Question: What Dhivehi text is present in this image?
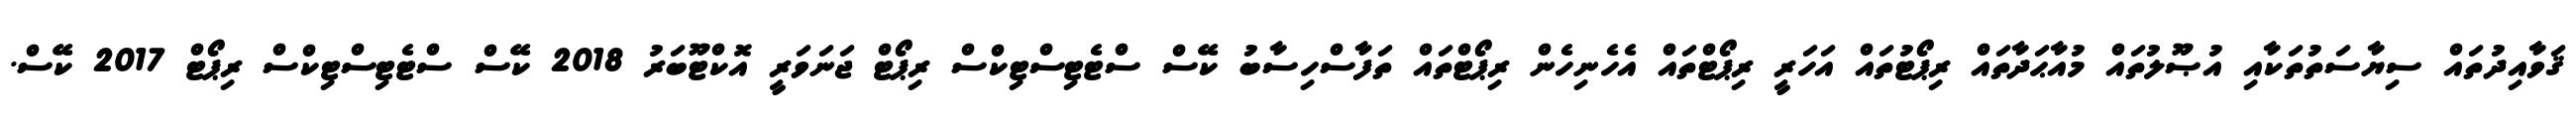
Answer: ޤަވާއިދުތައް ސިޔާސަތުތަކާއި އުޞޫލުތައް މުއާޙަދާތައް ރިޕޯޓުތައް އަހަރީ ރިޕޯޓްތައް އެހެނިހެން ރިޕޯޓްތައް ތަފާސްހިސާބު ކޭސް ސްޓެޓިސްޓިކްސް ރިޕޯޓް ޖަނަވަރީ އޮކްޓޫބަރު 2018 ކޭސް ސްޓެޓިސްޓިކްސް ރިޕޯޓް 2017 ކޭސް.